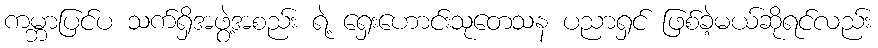
ကမ္ဘာပြင်ပ သက်ရှိအဖွဲ့အစည်း ရဲ့ ရှေးဟောင်းသုတေသန ပညာရှင် ဖြစ်ခဲ့မယ်ဆိုရင်လည်း